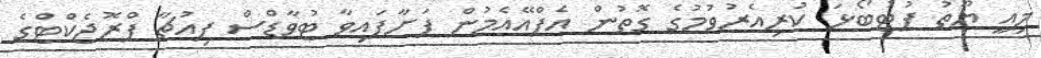
މިއީ ޔޫތު ފުޓުބޯޅަ ކުރިއެރުވުމުގެ ގޮތުން އެފްއޭއެމުން ފަށާފައިވާ ޓުވާޑްސް ފިއުޗާ ޕްރޮޖެކްޓްގެ